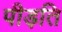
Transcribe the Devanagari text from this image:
पीड़ति